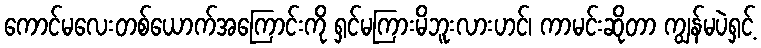
ကောင်မလေးတစ်ယောက်အကြောင်းကို ရှင်မကြားမိဘူးလားဟင်၊ ကာမင်းဆိုတာ ကျွန်မပဲရှင့်